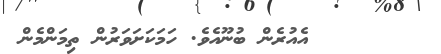
١٢٥      އެއުރެން ބުނޫއެވެ. ހަމަކަށަވަރުން ތިމަންމެން